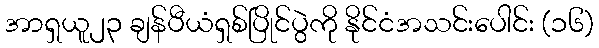
အာရှယူ၂၃ ချန်ပီယံရှစ်ပြိုင်ပွဲကို နိုင်ငံအသင်းပေါင်း (၁၆)